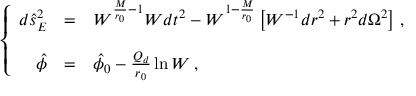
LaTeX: \left\{ \begin{array} { r c l } { { d \hat { s } _ { E } ^ { 2 } } } & { { = } } & { { W ^ { \frac { M } { r _ { 0 } } - 1 } W d t ^ { 2 } - W ^ { 1 - \frac { M } { r _ { 0 } } } \left[ W ^ { - 1 } d r ^ { 2 } + r ^ { 2 } d \Omega ^ { 2 } \right] \, , } } \\ { { } } & { { } } & { { } } \\ { { \hat { \phi } } } & { { = } } & { { \hat { \phi } _ { 0 } - \frac { { \cal Q } _ { d } } { r _ { 0 } } \ln W \, , } } \end{array} \right.